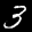
Label: 3